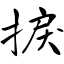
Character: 捩